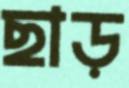
ছাড়